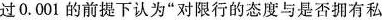
过0.001的前提下认为”对限行的态度与是否拥有私